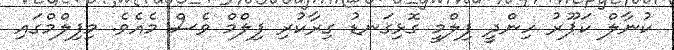
ކުނާލް ކަޕޫރު ހިންދީ ފިލްމީ ގޮޅިގަނޑު ގިރާކުރި ފިލްމް ވެސް މެއެވެ. މިފިލްމްގައި